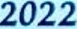
2022